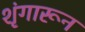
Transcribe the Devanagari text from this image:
शृंगारून